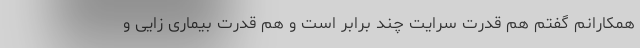
همکارانم گفتم هم قدرت سرایت چند برابر است و هم قدرت بیماری زایی و